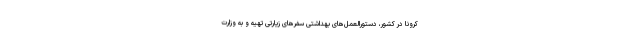
کرونا در کشور، دستورالعمل‌های بهداشتی سفرهای زیارتی تهیه و به وزارت